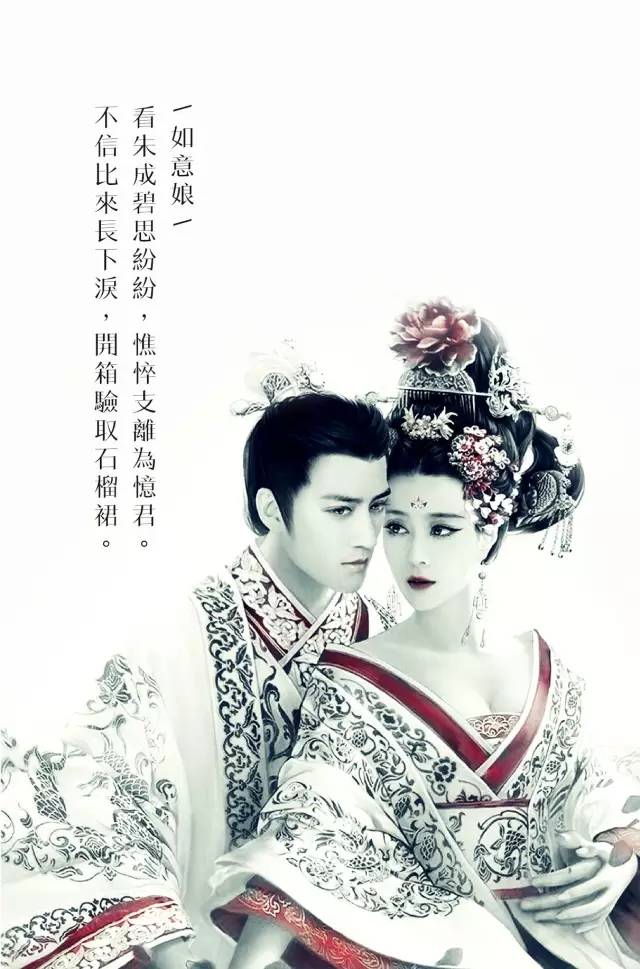
看朱成碧思纷纷，憔悴支离为忆君。